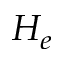
H _ { e }